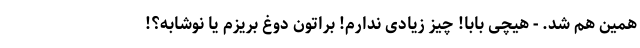
همین هم شد. - هیچی بابا! چیز زیادی ندارم! براتون دوغ بریزم یا نوشابه؟!